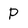
Character: P